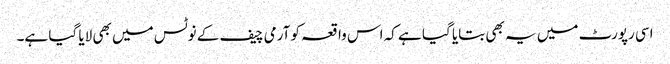
اسی رپورٹ میں یہ بھی بتایا گیا ہے کہ اس واقعہ کو آرمی چیف کے نوٹس میں بھی لایا گیا ہے۔